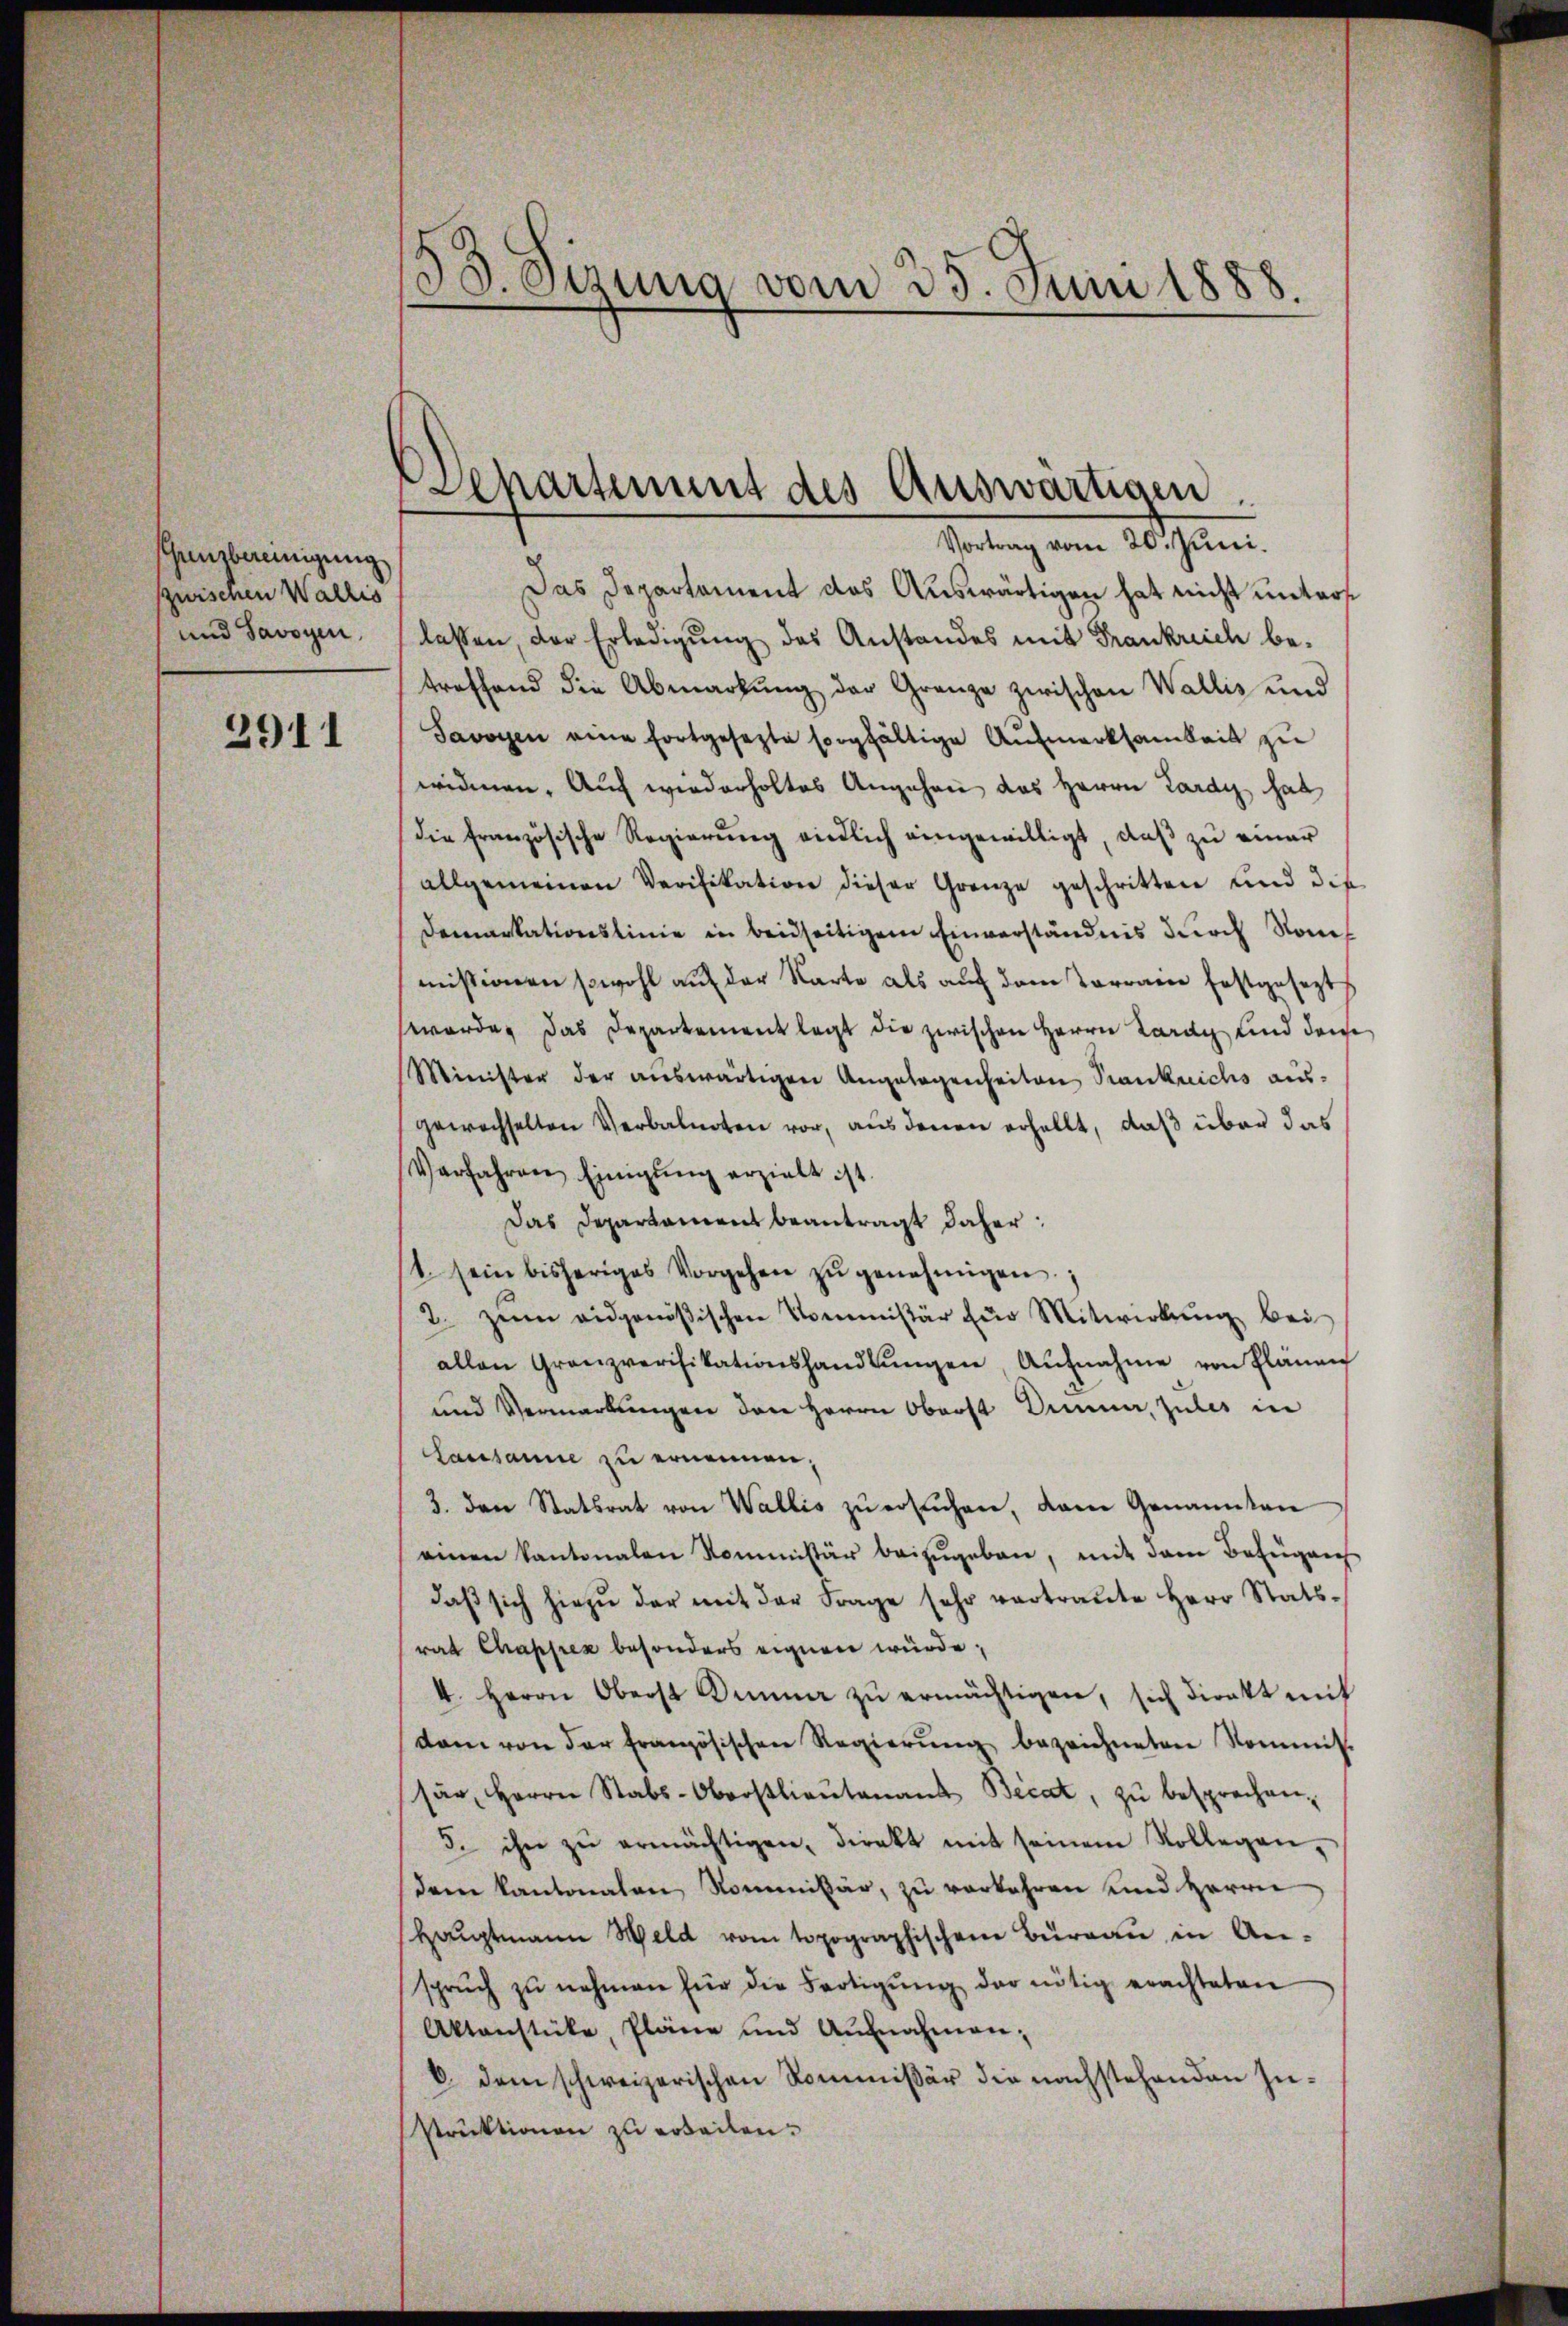
Gensbereinigung
zwischen Wallis
und Savoyen,

2911

58. Jezung vom 25. Juni 1888.

Departement des Auswärtigen

Vortrag vom 20. Juni.
Das Departement das Auswärtigen hat nicht unterst
lassen, der Erledigung des Anstandes mit Frankreich be-
treffend die Abmarkung der Grenze zwischen Wallis und
Savoyen eine fortgesezte sorgfältige Aufmerksamkeit zu
widmen. Auch wiederholtes Angehen das Herrn Lardy hat
Die französische Regierung eindlich eingewilligt, daß zu einer
allgemeinen Verifikation dieser Grenze geschritten und die
Demarkationslinie in beidseitigem Einverständnis durch Raumissionen sowohl auf der Karte als auf dem Terranne festgesezt
werde, das Departement legt die zwischen Herrn Lardy und dem
Minister der auswärtigen Angelegenheiten Krankreichs aus-
gewachselten Verbalnoten vor, aus denen erhellt, daß über das
Verfahren Einigŭng erzielt ist
Das Departament beantragt daher:
1. sein bisheriges Vorgehen zŭ genehmigen.
2. zum eidgenößischen Kommissär für Mitwirkŭng bei
allen Granzverifikationshandlŭngen Aŭfnahme von Plänen
und Vermarkungen den Herrn Oberst Dumme, zules in
Lausanne zu ernennen;
3. den Statsrat von Wallis zŭ ersuchen, dann Genannten
einen Kantonalen Kommissär beizŭgeben, mit dem Befügen
daβ sich hiezŭ der mit der Frage sehr vertraŭte Herr Stats-
rat Chappen besonders eignen würde;
4. Herrn Oberst Dumme zŭ ermächtigen, sich direkt mit
dam von der Französischen Regierŭng bezeichneten Kommis-
sär, Herrn Stabs-Oberstlieutenant Bicat, zŭ besprechen,
5. ihn zŭ ermächtigen, direkt mit seinem Kollegen,
dem Kantonalen Kommissär, zu verkehren und Herrn
Hauptmann Weld vom topographischen Burgau in Ansprŭch zŭ nehmen für die Fertigŭng der nötig erachteten
Aktenstücke, Pläne und Aŭfnahmen;
b. dem schweizerischen Kommißär die nachstehenden Zustruktionen zu erteilen.